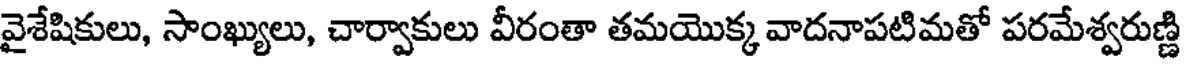
వైశేషికులు, సాంఖ్యులు, చార్వాకులు వీరంతా తమయొక్క వాదనాపటిమతో పరమేశ్వరుణ్ణి